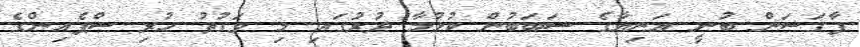
ފާގަސަން ބުނީ އަނިޔާގެ ސަބަބުން ކުޅުމާ ދުރުގައި މި ވަގުތު ހުރި ސްޕެއިންގެ